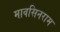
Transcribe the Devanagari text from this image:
मावसिनराम